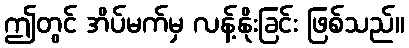
ဤတွင် အိပ်မက်မှ လန့်နိုးခြင်း ဖြစ်သည်။